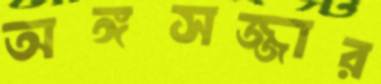
অঙ্গসজ্জার